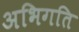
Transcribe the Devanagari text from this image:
अभिगति